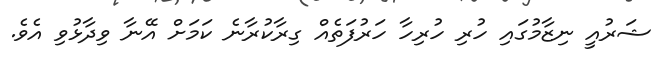
ޝަރުއީ ނިޒާމުގައި ހުރި ހުރިހާ ހަރުފަތެއް ގިރާކުރާނެ ކަމަށް އޭނާ ވިދާޅުވި އެވެ.